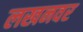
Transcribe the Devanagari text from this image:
लखनवर